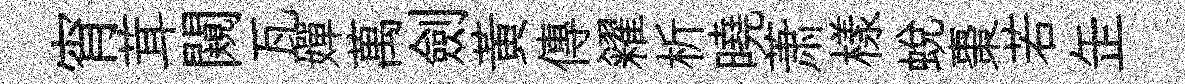
宵茸闚瓦嬋萬劍黄傳糴析曉萧樣蜕棗若𦈢